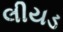
લીયડ